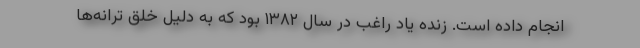
انجام داده است. زنده یاد راغب در سال ۱۳۸۲ بود که به دلیل خلق ترانه‌ها